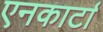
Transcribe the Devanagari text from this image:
एनकार्टा